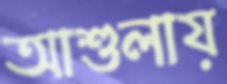
আশুলায়